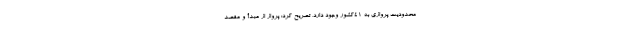
محدودیت پروازی به ۴۱کشور وجود دارد، تصریح کرد: پرواز از مبدأ و مقصد